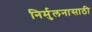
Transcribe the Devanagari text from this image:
निर्मुलनासाठी